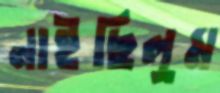
নাইছিলুম